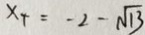
x _ { 4 } = - 2 - \sqrt { 1 3 }